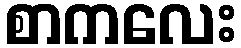
စာကလေး